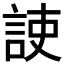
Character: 𧧅